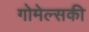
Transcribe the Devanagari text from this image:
गोमेल्सकी